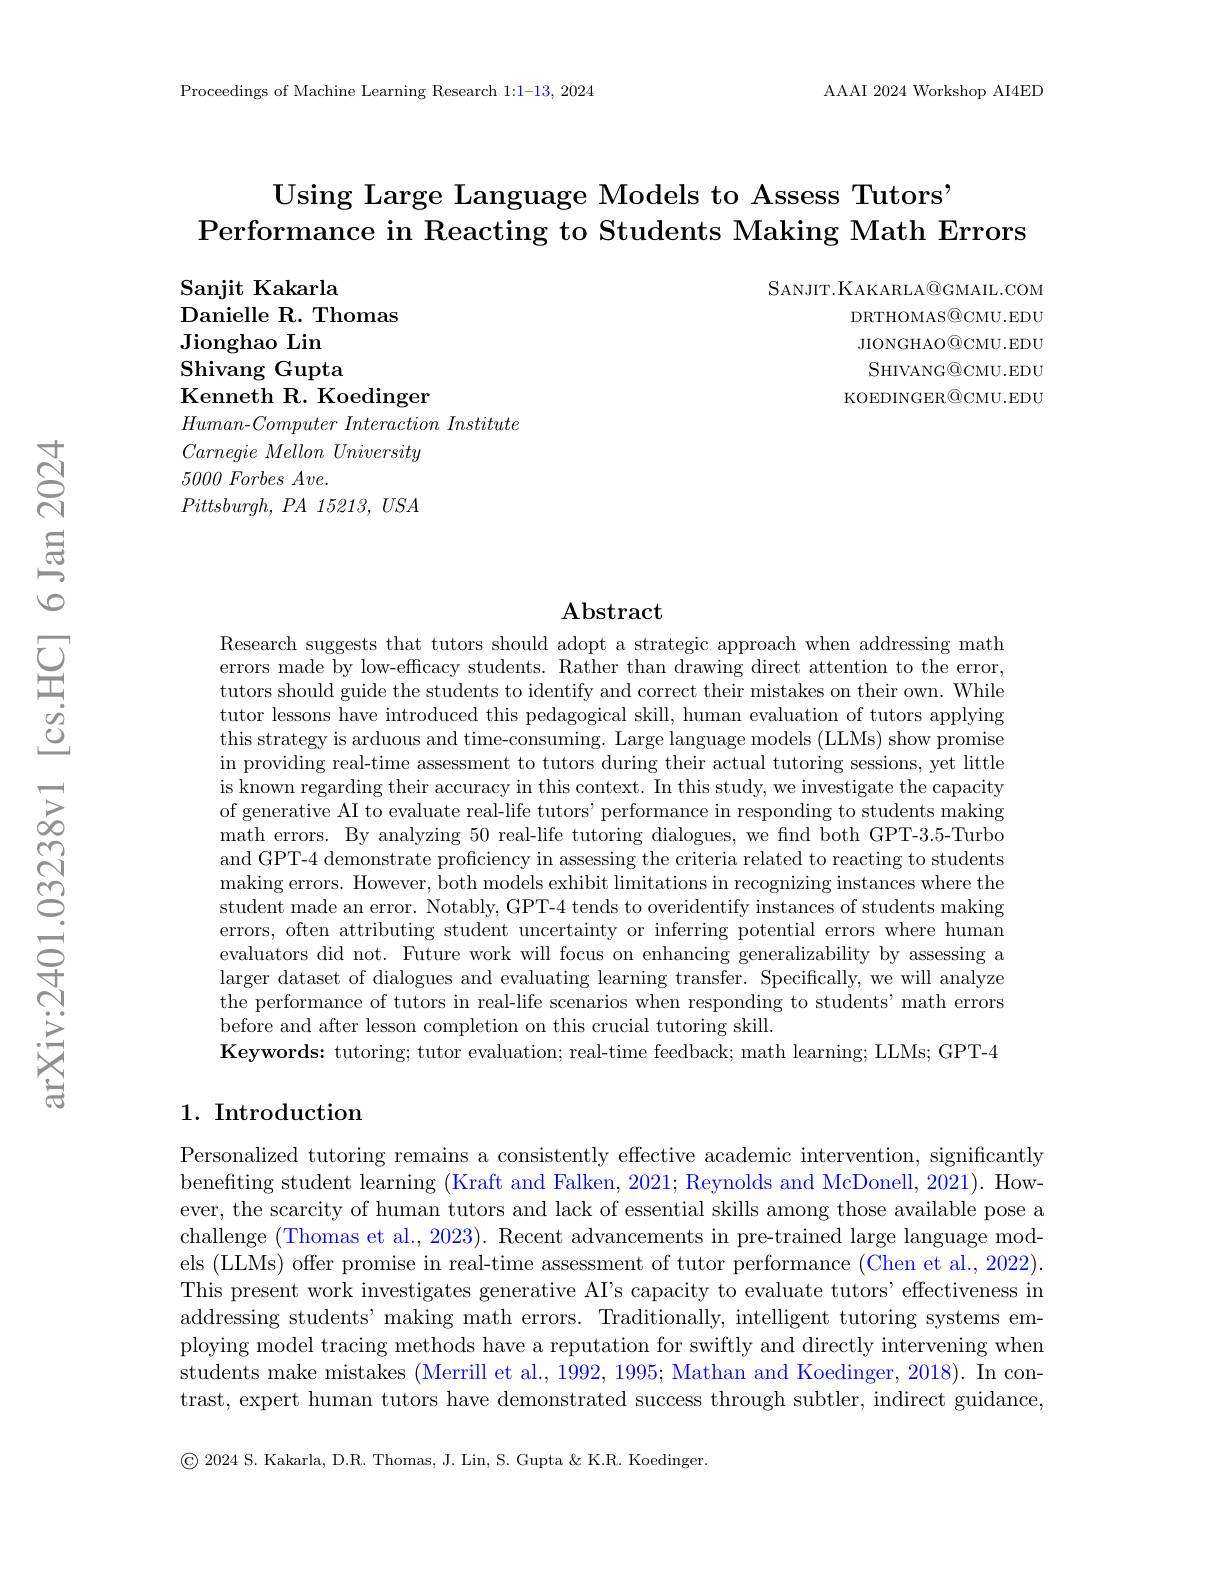
Proceedings of Machine Learning Research 1:1-13, 2024

AAAI 2024 Workshop AI4ED

Using Large Language Models to Assess Tutors"
Performance in Reacting to Students Making Math Errors

SANJIT.KAKARLA@GMAIL.COM
DRTHOMAS@CMU.EDU JIONGHAO@CMU.EDU SHIVANG@CMU.EDU
KOEDINGER@CMU.EDU

Sanjit Kakarla
Danielle R. Thomas
Jionghao Lin
Shivang Gupta
Kenneth R. Koedinger
$Human- Computer\textit{ Interaction Institute}$
Carnegie Mellon University
$5000\textit{Forbes Ave. }$
$Pittsburgh$, $PA$ 15213, $USA$

### $\mathbf{Abstract}$

Research suggests that tutors should adopt a strategic approach when addressing math errors made by low-efficacy students. Rather than drawing direct attention to the error, tutors should guide the students to identify and correct their mistakes on their own. While tutor lessons have introduced this pedagogical skill, human evaluation of tutors applying this strategy is arduous and time-consuming. Large language models (LLMs) show promise in providing real-time assessment to tutors during their actual tutoring sessions, yet little is known regarding their accuracy in this context. In this study, we investigate the capacity of generative AI to evaluate real-life tutors' performance in responding to students making math errors. By analyzing 50 real-life tutoring dialogues, we find both GPT-3.5-Turbo and GPT-4 demonstrate proficiency in assessing the criteria related to reacting to students making errors. However, both models exhibit limitations in recognizing instances where the student made an error. Notably, GPT-4 tends to overidentify instances of students making errors, often attributing student uncertainty or inferring potential errors where human evaluators did not. Future work will focus on enhancing generalizability by assessing a larger dataset of dialogues and evaluating learning transfer. Specifically, we will analyze the performance of tutors in real-life scenarios when responding to students' math errors before and after lesson completion on this crucial tutoring skill.
$\textbf{Keywords: tutoring; tutor evaluation; real- time feedback; math learning; LLMs; GPT- 4}$

## $1. \textbf{ Introduction}$

Personalized tutoring remains a consistently effective academic intervention, significantly benefiting student learning (Kraft and Falken, 2021; Reynolds and McDonell, 2021). However, the scarcity of human tutors and lack of essential skills among those available pose a challenge (Thomas et al., 2023). Recent advancements in pre-trained large language models (LLMs) offer promise in real-time assessment of tutor performance (Chen et al., 2022). This present work investigates generative AI's capacity to evaluate tutors’effectiveness in addressing students' making math errors. Traditionally, intelligent tutoring systems employing model tracing methods have a reputation for swiftly and directly intervening when students make mistakes (Merrill et al., 1992, 1995; Mathan and Koedinger, 2018). In contrast, expert human tutors have demonstrated success through subtler, indirect guidance,

$\textcircled{\mathrm{C}}$ 2024 S. Kakarla, D.R. Thomas, J. Lin, S. Gupta & K.R. Koedinger.